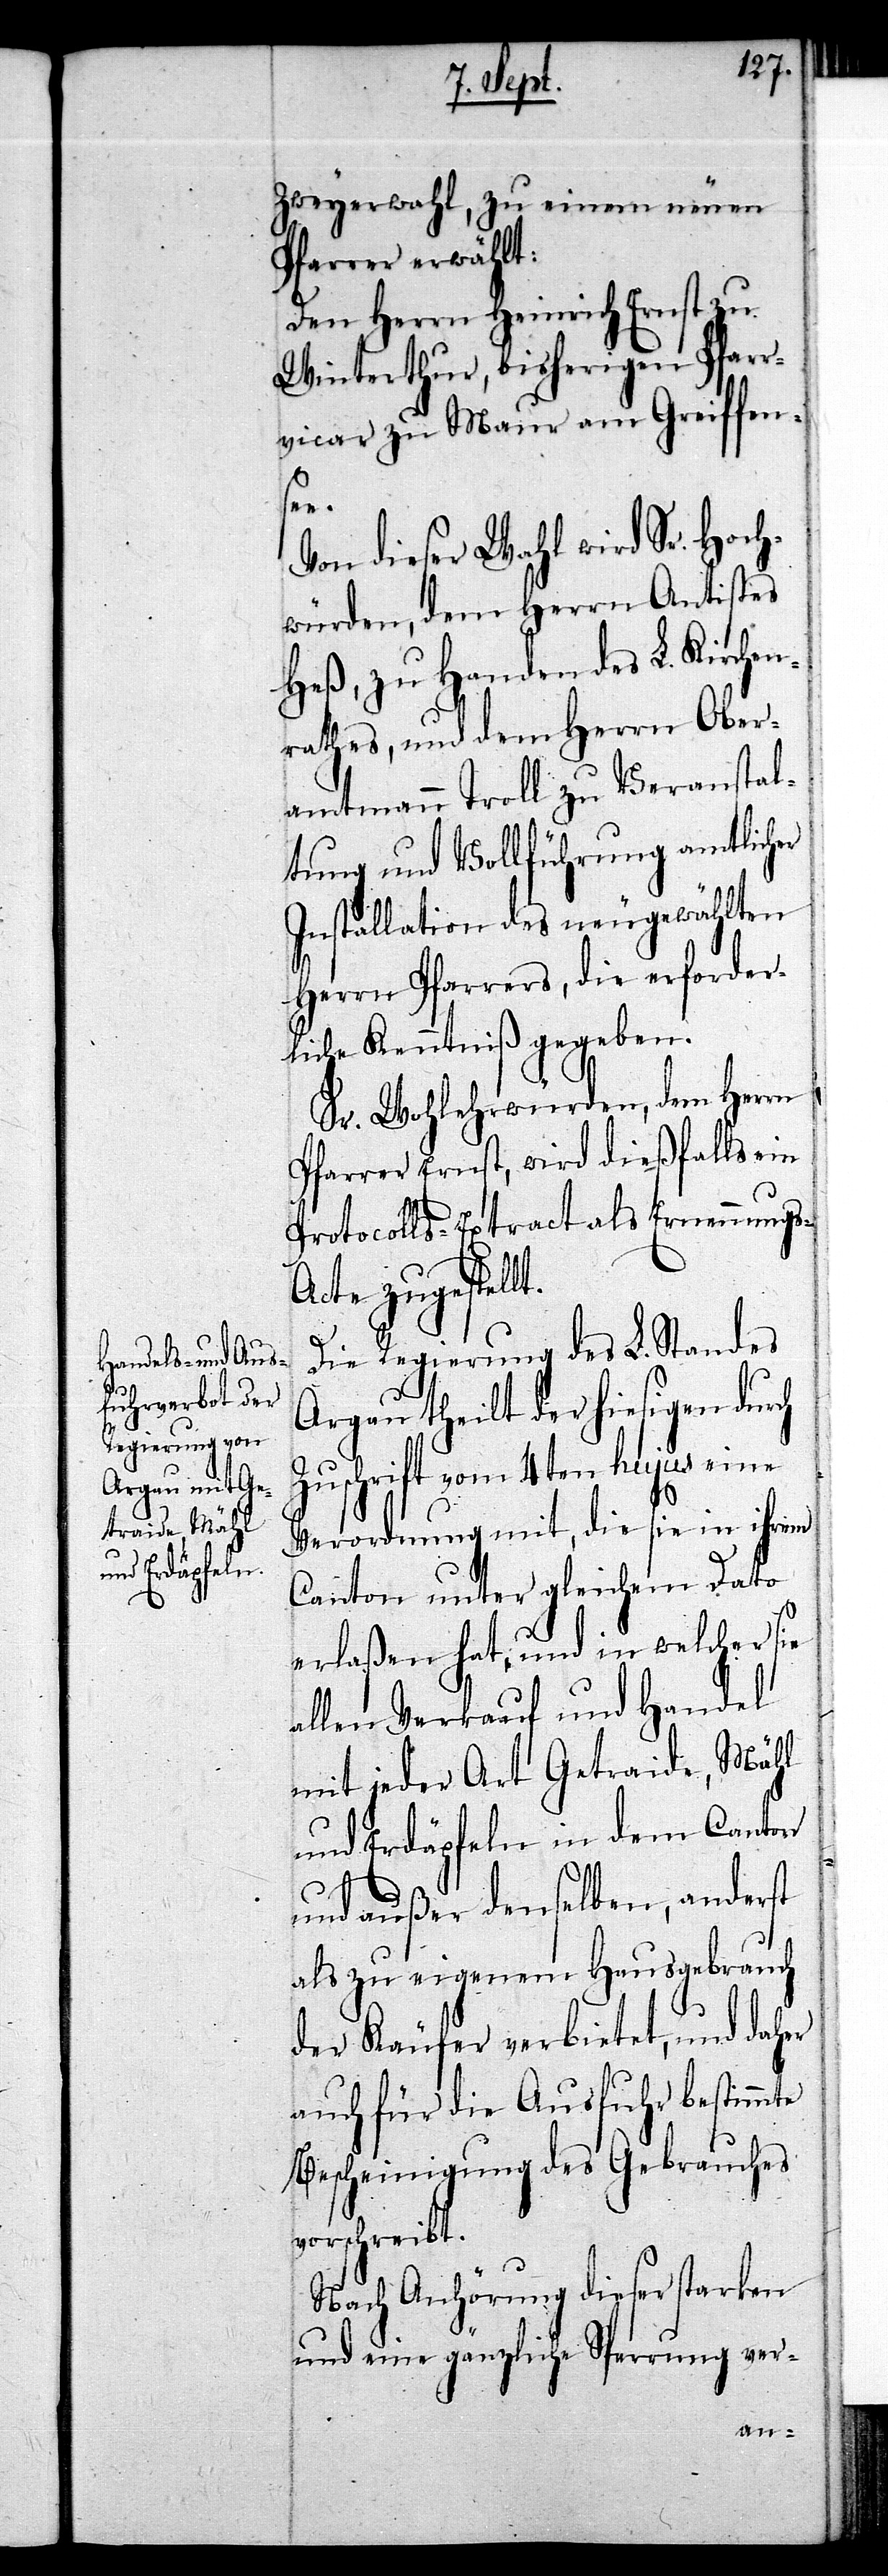
Zweyerwahl, zu einem neuen
Pfarrer erwählt:
Den Herrn Heinrich Ernst zu
Winterthur, bisherigen Pfarr¬
vicar zu Maur am Greiffen¬
see.
Von dieser Wahl wird Sr. Hoch¬
würden, dem Herrn Antistes
Heß, zu Handen des L. Kirchen¬
rathes, und dem Herrn Ober¬
amtmann Troll zu Veranstal¬
tung und Vollführung amtlicher
Installation des neugewählten
Herrn Pfarrers, die erforder¬
liche Kenntniß gegeben.
Sr. Wohlerwürden, dem Herrn
Pfarrer Ernst, wird dießfalls ein
Protocolls-Extract als Ernennungs-A¬
cte zugestellt.
Die Regierung des L. Standes
Argau theilt der hiesigen durch
Zuschrift vom 4ten hujus eine
Verordnung mit, die sie in ihrem
Canton unter gleichem Dato
erlaßen hat, und in welcher sie
allen Verkauf und Handel
mit jeder Art Getraide, Mähl
und Erdäpfeln in dem Canton
und außer denselben, anderst
als zu eigenem Hausgebrauch
der Käufer verbietet, und daher
auch für die Ausfuhr bestimmte
Bescheinigung des Gebrauches
vorschreibt.
Nach Anhörung dieser starken
und eine gänzliche Sperrung ver-